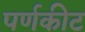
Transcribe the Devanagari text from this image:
पर्णकीट